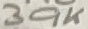
Text: 39K